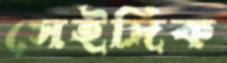
সেইদিক